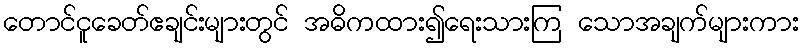
တောင်ငူခေတ်ဧချင်းများတွင် အဓိကထား၍ရေးသားကြ သောအချက်များကား